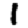
Digit: 1